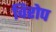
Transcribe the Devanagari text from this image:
विरोप